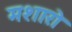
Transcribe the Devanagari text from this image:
मशारो